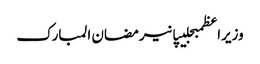
وزیراعظمبجلیپانیرمضان المبارک